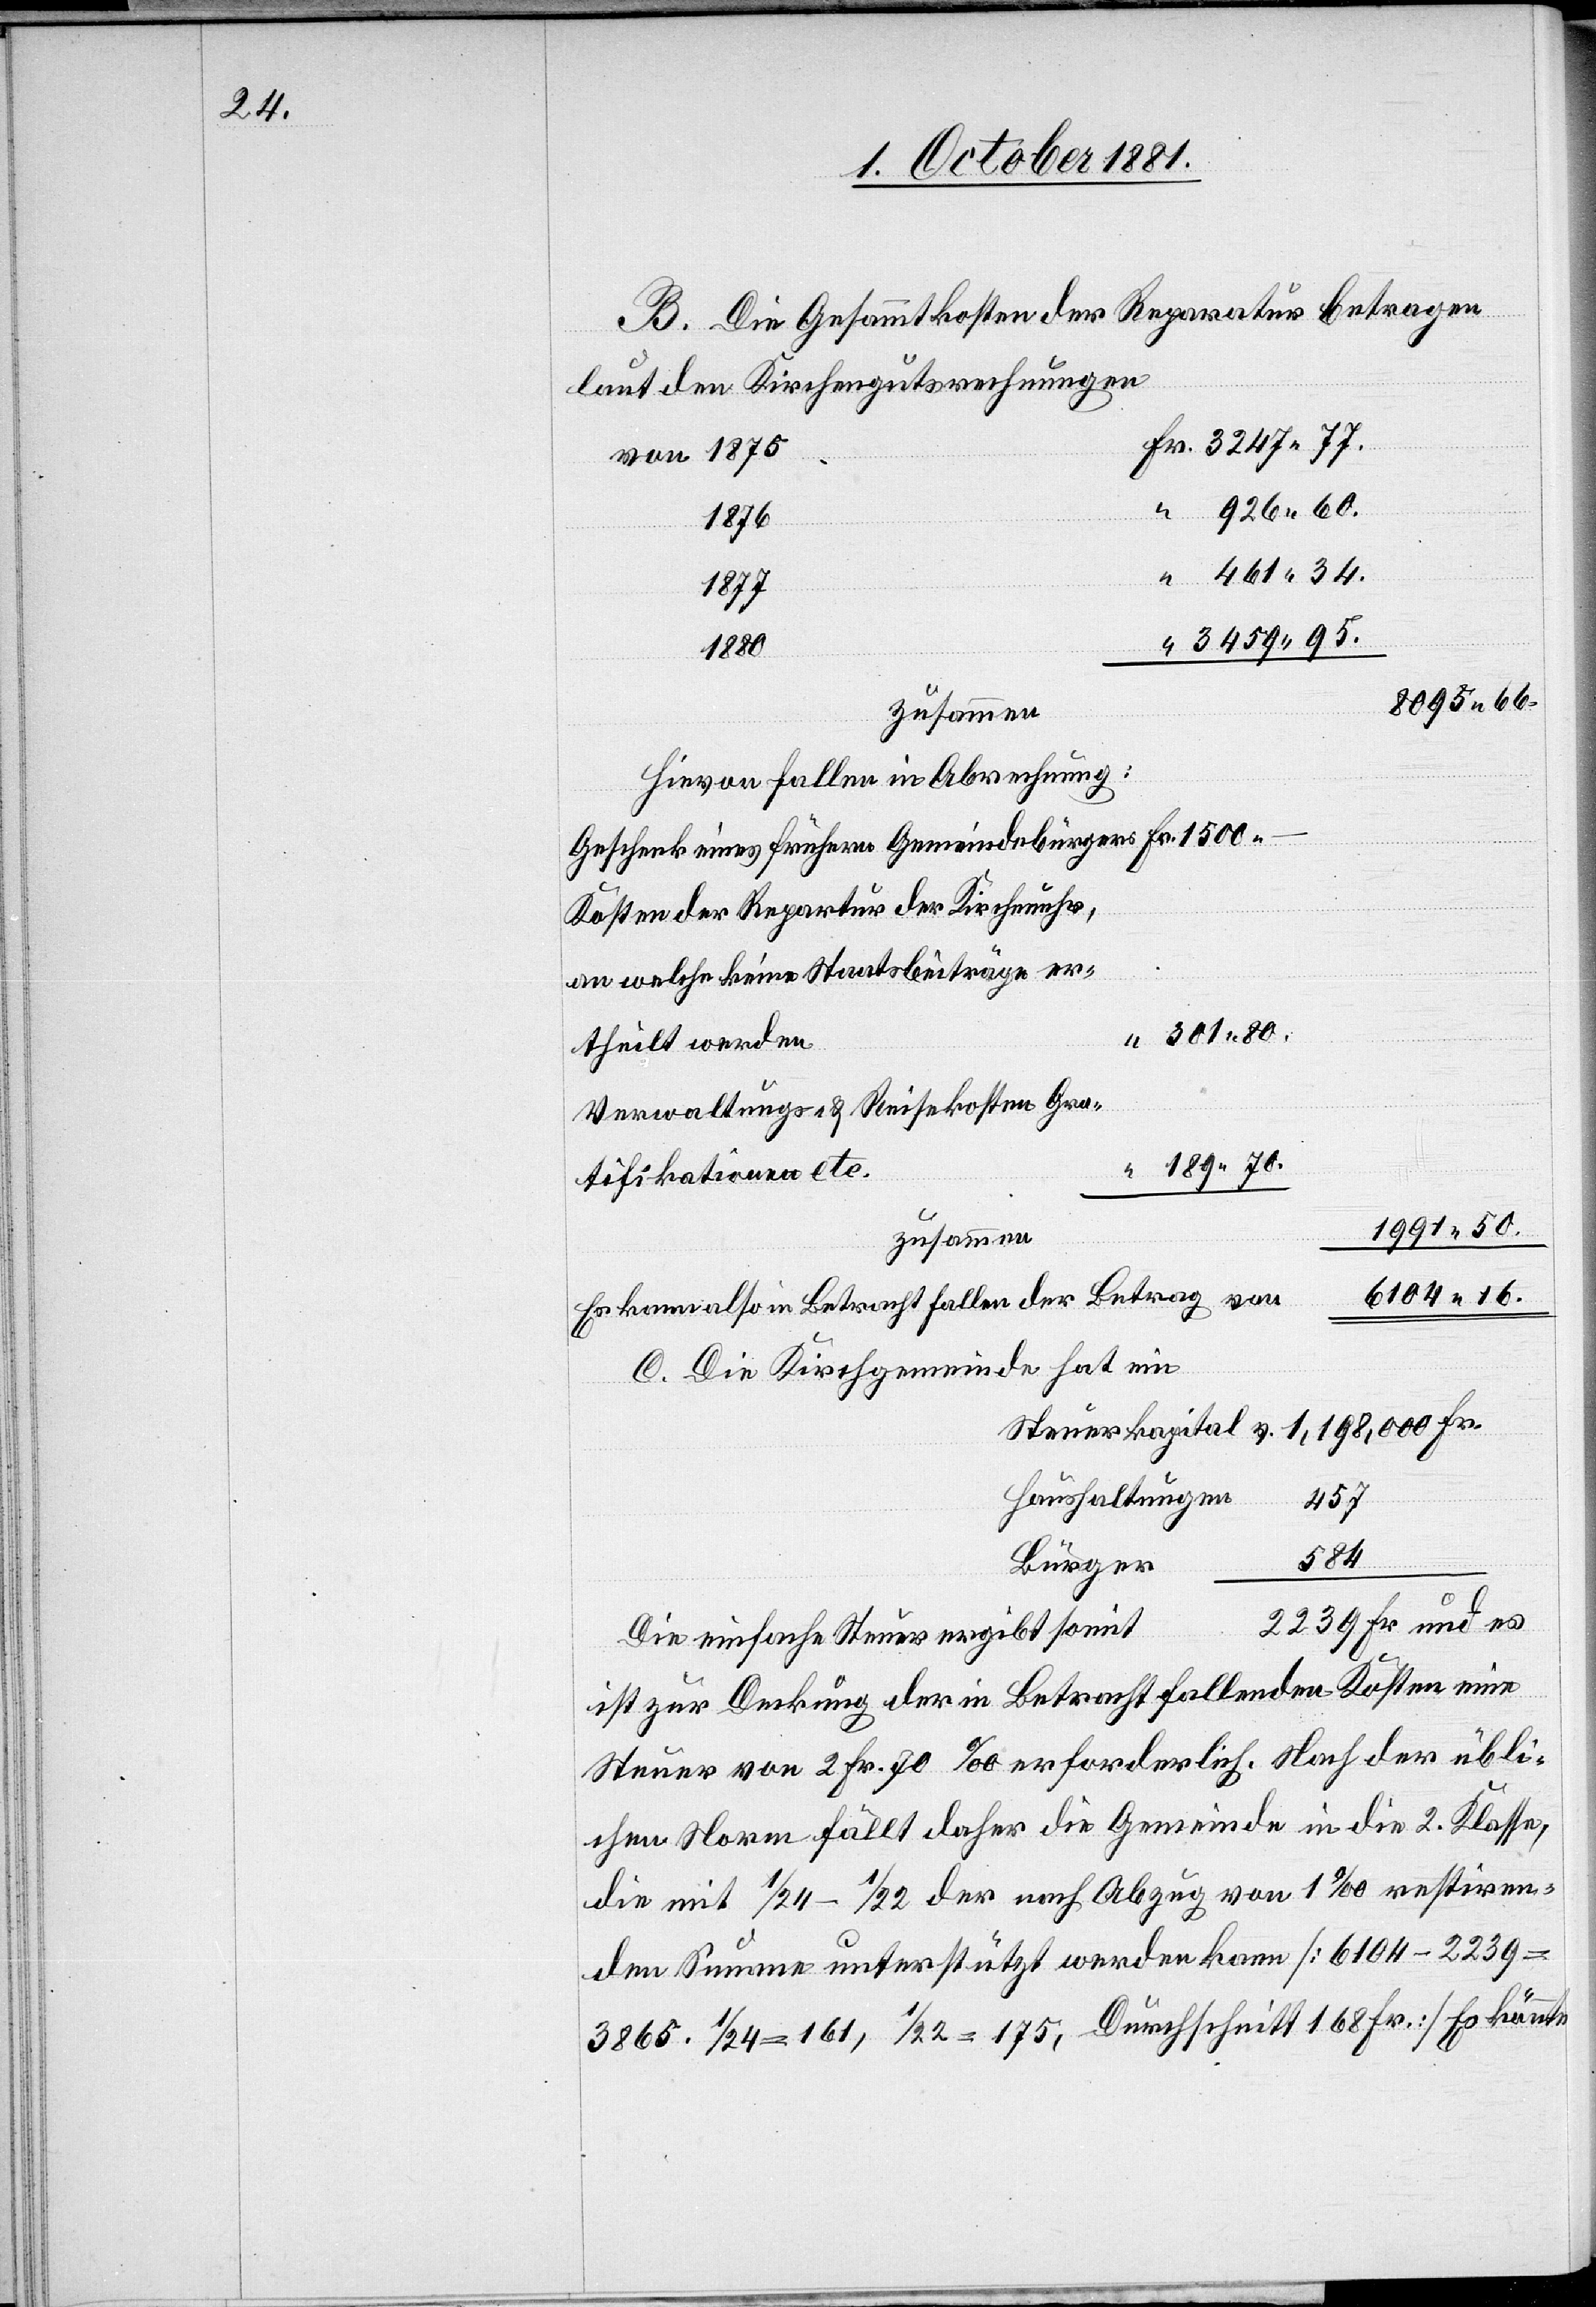
34.

B. Die Gesammtkosten der Reparatur betragen
laut den Kirchengutsrechnungen
1876
1877
189 70.
8095 66.
Hievon fallen in Abrechnung:
Kosten der Reparatur der Kirchenuhr,
an welche keine Staatsbeiträge
Verwaltungs- & Reisekosten[,] Gra¬
tifikationen
zusammen
eines
Es kann also in Betracht fallen der Betrag von
C. Die Kirchgemeinde hat ein
Steuerkapital v.	1,198,000 Fr.
Haushaltunge¬
16.
–
t	2239 Fr und es
n	457
Die einfache Steuer ergibt somi¬
ist zur Deckung der in Betracht fallenden Kosten eine
Steuer von 2 Fr. 70 ‰ erforderlich. Nach der übli¬
chen Norm fällt daher die Gemeinde in die 2. Klasse,
die mit 1/24–1/22 der nach Abzug von 1‰ restiren¬
den Summe unterstützt werden kann [6104 - 2239
3865. 1/24 = 161, 1/22 = 175, Durchschnitt 168 Fr.] Es könnte